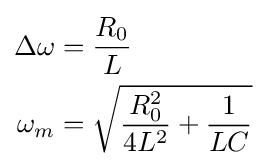
{\begin{aligned}\Delta \omega &={\frac {R_{0}}{L}}\\\omega _{m}&={\sqrt {{\frac {R_{0}^{2}}{4L^{2}}}+{\frac {1}{LC}}}}\end{aligned}}